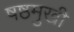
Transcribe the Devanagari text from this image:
षष्ठमुखी